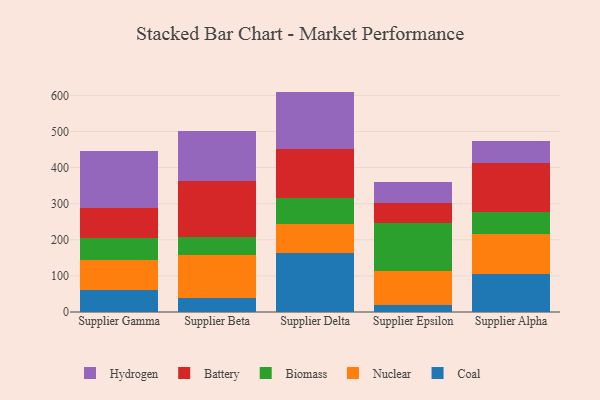
{"axis": {"x": "Supplier", "y": "Net Income (USD K)"}, "legend": ["Battery", "Biomass", "Coal", "Hydrogen", "Nuclear"], "data": [{"x": "Supplier Gamma", "y": 60.6, "type": "Coal"}, {"x": "Supplier Gamma", "y": 82.3, "type": "Nuclear"}, {"x": "Supplier Gamma", "y": 62.6, "type": "Biomass"}, {"x": "Supplier Gamma", "y": 83.4, "type": "Battery"}, {"x": "Supplier Gamma", "y": 158.0, "type": "Hydrogen"}, {"x": "Supplier Beta", "y": 39.6, "type": "Coal"}, {"x": "Supplier Beta", "y": 117.6, "type": "Nuclear"}, {"x": "Supplier Beta", "y": 51.9, "type": "Biomass"}, {"x": "Supplier Beta", "y": 154.4, "type": "Battery"}, {"x": "Supplier Beta", "y": 137.2, "type": "Hydrogen"}, {"x": "Supplier Delta", "y": 164.3, "type": "Coal"}, {"x": "Supplier Delta", "y": 79.2, "type": "Nuclear"}, {"x": "Supplier Delta", "y": 72.8, "type": "Biomass"}, {"x": "Supplier Delta", "y": 135.9, "type": "Battery"}, {"x": "Supplier Delta", "y": 158.2, "type": "Hydrogen"}, {"x": "Supplier Epsilon", "y": 20.5, "type": "Coal"}, {"x": "Supplier Epsilon", "y": 91.8, "type": "Nuclear"}, {"x": "Supplier Epsilon", "y": 135.4, "type": "Biomass"}, {"x": "Supplier Epsilon", "y": 54.1, "type": "Battery"}, {"x": "Supplier Epsilon", "y": 57.9, "type": "Hydrogen"}, {"x": "Supplier Alpha", "y": 104.0, "type": "Coal"}, {"x": "Supplier Alpha", "y": 111.9, "type": "Nuclear"}, {"x": "Supplier Alpha", "y": 59.7, "type": "Biomass"}, {"x": "Supplier Alpha", "y": 135.8, "type": "Battery"}, {"x": "Supplier Alpha", "y": 62.1, "type": "Hydrogen"}]}